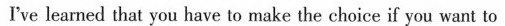
I've leamed that you have to make the choice if you want ta